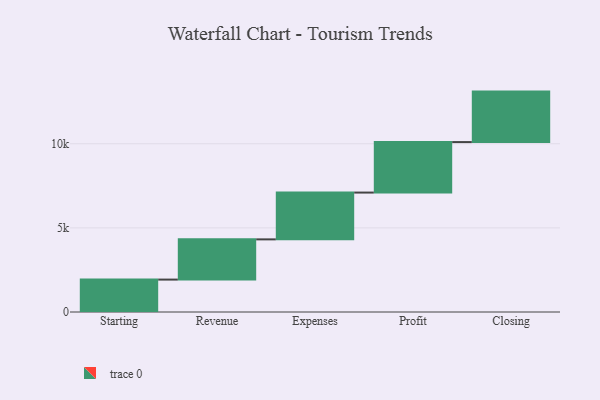
{"axis": {"x": "Step", "y": "Value"}, "legend": [""], "data": [{"x": "Starting", "y": 1926.0, "type": ""}, {"x": "Revenue", "y": 2390.0, "type": ""}, {"x": "Expenses", "y": 2781.0, "type": ""}, {"x": "Profit", "y": 3000, "type": ""}, {"x": "Closing", "y": 3000, "type": ""}]}